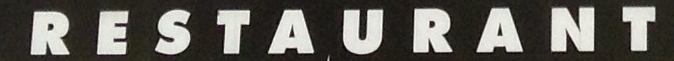
RESTAURANT